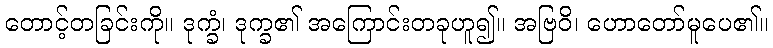
တောင့်တခြင်းကို။ ဒုက္ခံ၊ ဒုက္ခ၏ အကြောင်းတခုဟူ၍။ အဗြဝိ၊ ဟောတော်မူပေ၏။